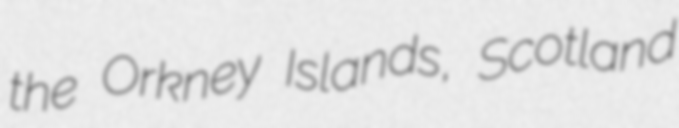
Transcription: the Orkney Islands, Scotland